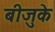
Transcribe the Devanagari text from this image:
बीजुके